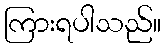
ကြားရပါသည်။